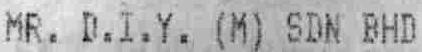
MR. D.I.Y. (M) SDN BHD